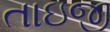
તાઇજી